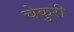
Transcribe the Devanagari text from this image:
चेकुरी